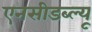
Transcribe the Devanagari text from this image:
एनसीडब्ल्यू